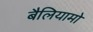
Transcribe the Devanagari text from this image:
बैलियामो